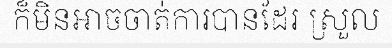
ក៏មិនអាចចាត់ការបានដែរ ស្រួល